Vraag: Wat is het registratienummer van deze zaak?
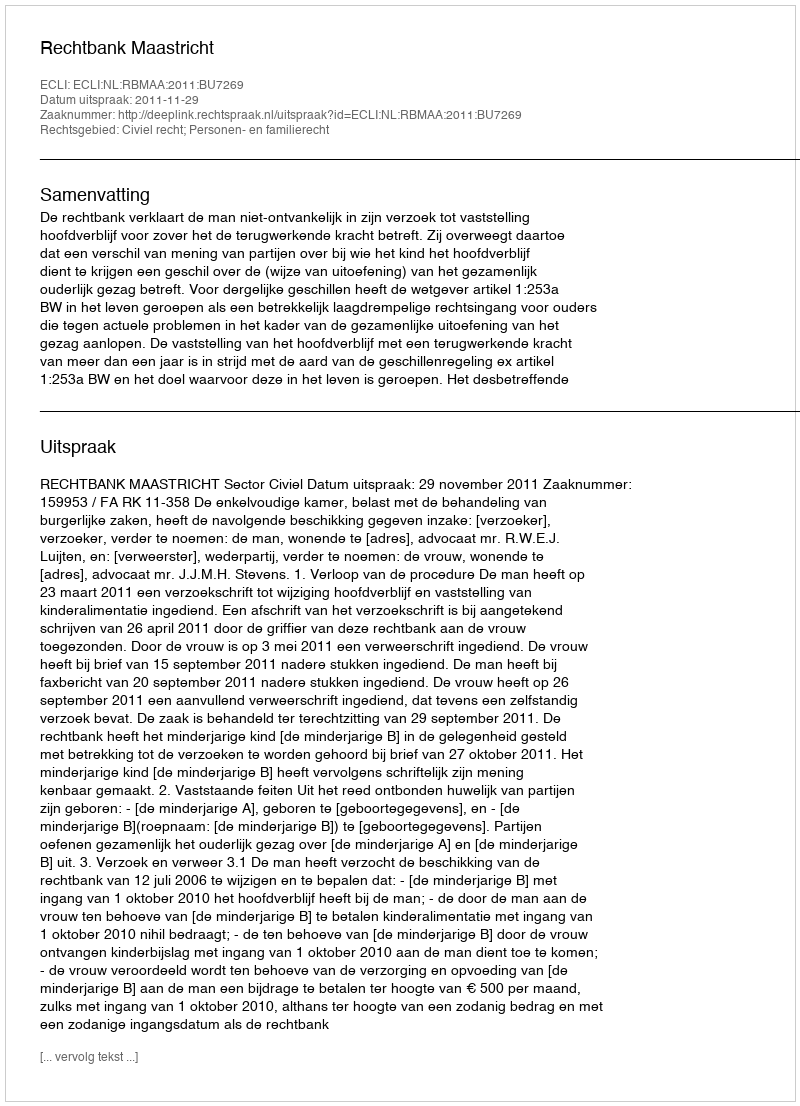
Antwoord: http://deeplink.rechtspraak.nl/uitspraak?id=ECLI:NL:RBMAA:2011:BU7269